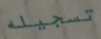
تسجيله